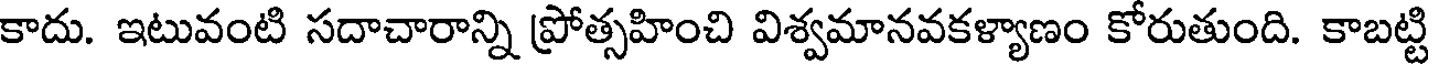
కాదు. ఇటువంటి సదాచారాన్ని ప్రోత్సహించి విశ్వమానవకళ్యాణం కోరుతుంది. కాబట్టి